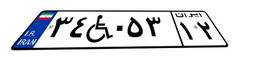
۳۴W۰۵۳۱۲